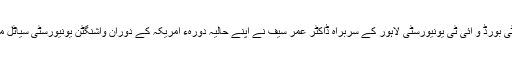
ان خیالات کا اظہار پنجاب آئی ٹی بورڈ و آئی ٹی یونیورسٹی لاہور کے سربراہ ڈاکٹر عمر سیف نے اپنے حالیہ دورہء امریکہ کے دوران واشنگٹن یونیورسٹی سیاٹل میں کلیدی خطاب کے دوران کیا۔